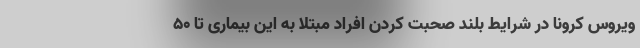
ویروس کرونا در شرایط بلند صحبت کردن افراد مبتلا به این بیماری تا ۵۰